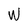
Character: W